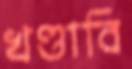
খণ্ডাবি